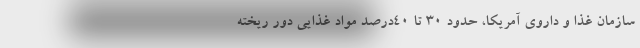
سازمان غذا و داروی آمریکا، حدود ۳۰ تا ۴۰درصد مواد غذایی دور ریخته